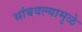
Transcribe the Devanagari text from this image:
थांबवल्यामुळे